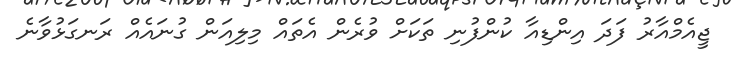
ޖީއެމްއާރު ފަަދަ އިންޑިއާ ކުންފުނި ތަކަށް ވުރެން އެތައް މިލިއަން ގުނައެއް ރަނގަޅުވާނެ